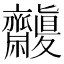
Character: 𪗒